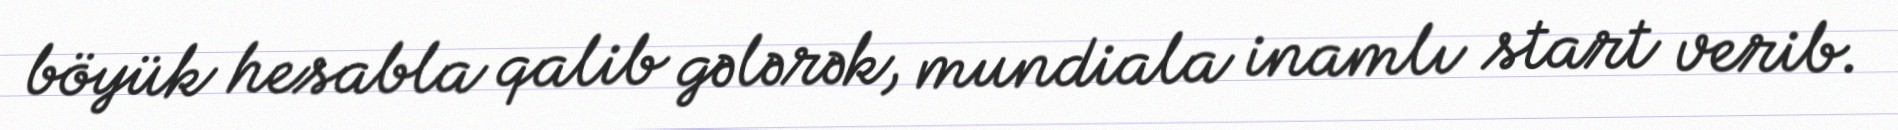
böyük hesabla qalib gələrək, mundiala inamlı start verib.